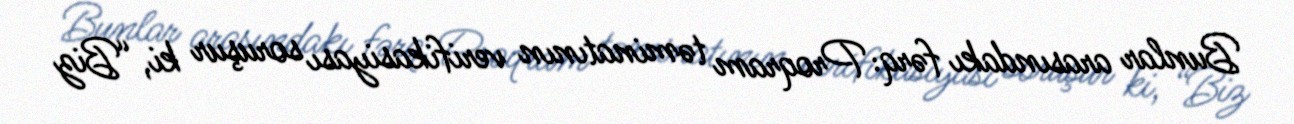
Bunlar arasındakı fərq: Proqram təminatının verifikasiyası soruşur ki, “Biz